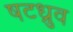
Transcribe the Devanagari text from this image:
षटध्रुव